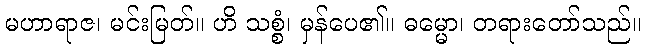
မဟာရာဇ၊ မင်းမြတ်။ ဟိ သစ္စံ၊ မှန်ပေ၏။ ဓမ္မော၊ တရားတော်သည်။